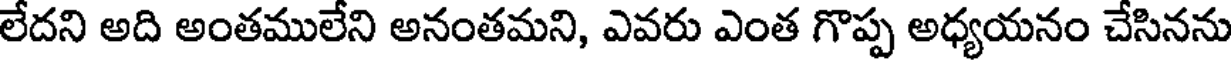
లేదని అది అంతములేని అనంతమని, ఎవరు ఎంత గొప్ప అధ్యయనం చేసినను